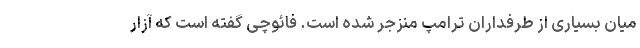
میان بسیاری از طرفداران ترامپ منزجر شده است. فائوچی گفته است که آزار